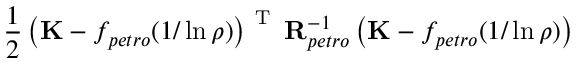
\frac { 1 } { 2 } \left( \mathbf { K } - f _ { p e t r o } ( 1 / \ln { \boldsymbol \rho } ) \right) ^ { \mathrm { ~ T ~ } } \mathbf { R } _ { p e t r o } ^ { - 1 } \left( \mathbf { K } - f _ { p e t r o } ( 1 / \ln { \boldsymbol \rho } ) \right)